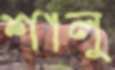
শালু